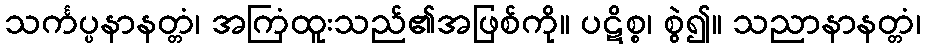
သင်္ကပ္ပနာနတ္တံ၊ အကြံထူးသည်၏အဖြစ်ကို။ ပဋိစ္စ၊ စွဲ၍။ သညာနာနတ္တံ၊